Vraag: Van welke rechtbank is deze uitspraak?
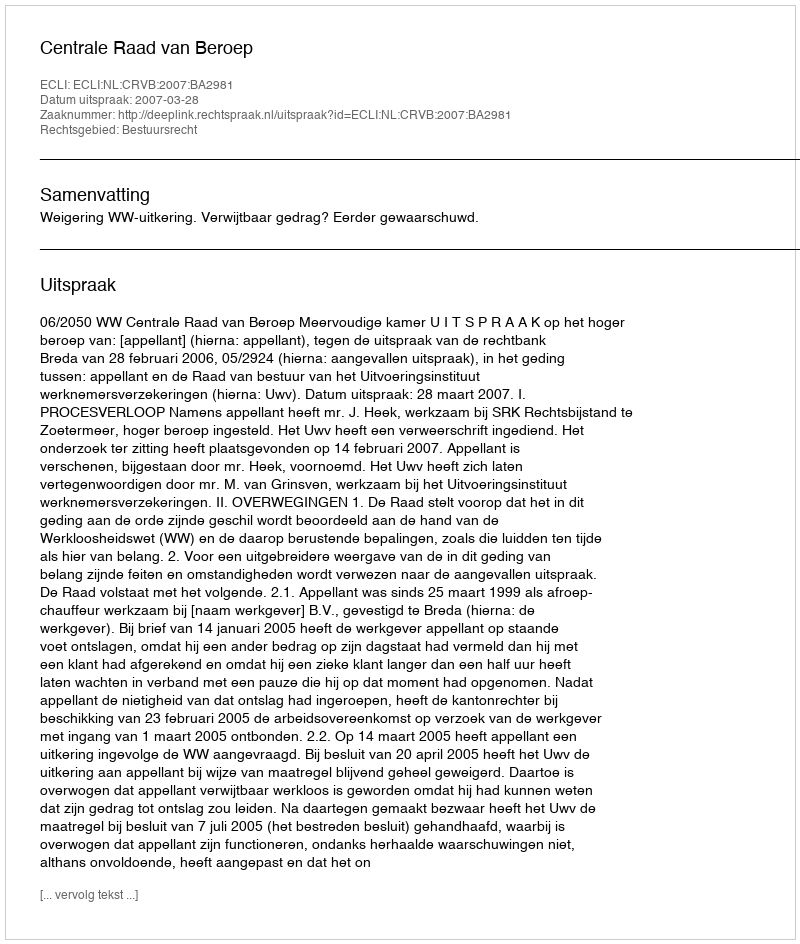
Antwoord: Centrale Raad van Beroep